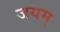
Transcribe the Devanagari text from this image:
जयम्